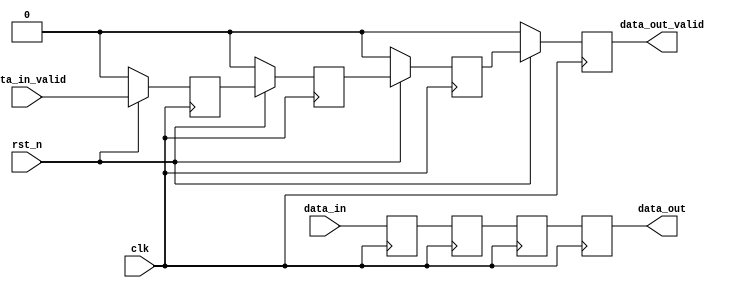
module delay #(parameter DATA_WIDTH   = 32,
	           parameter DELAY_CYCLES = 4 
	          ) (

	        input  wire                       clk,
	        input  wire                       rst_n,
	        input  wire  [DATA_WIDTH-1:0]     data_in,
	        input  wire                       data_in_valid,
	        output wire  [DATA_WIDTH-1:0]     data_out,
	        output wire                       data_out_valid
	       );


reg [DATA_WIDTH-1:0]       data_array[DELAY_CYCLES];
reg                        data_array_valid[DELAY_CYCLES];


always @(posedge clk) begin
	// Valid Bit
	if(~rst_n) begin
		data_array_valid[0] <= 0;
	end 
	else begin
		data_array_valid[0] <= data_in_valid;
	end
    // Data word
	data_array[0] <= data_in;
end


genvar i;
generate for (i = 1; i < DELAY_CYCLES; i = i +1) begin: delayPipe
	always @(posedge clk) begin
		// Valid Bit
		if(~rst_n) begin
		 	data_array_valid[i] <= 0;
		end 
		else begin
		 	data_array_valid[i] <= data_array_valid[i-1];
		end
        // Data word
		data_array[i] <= data_array[i-1];
	end
end
endgenerate

assign data_out       = data_array[DELAY_CYCLES-1];
assign data_out_valid = data_array_valid[DELAY_CYCLES-1];

endmodule